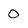
Character: O